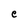
Character: e